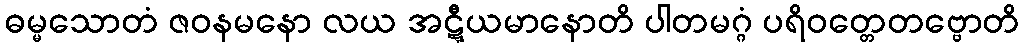
ဓမ္မသောတံ ဇဝနမနော လယ အဋ္ဋီယမာနောတိ ပါတမဂ္ဂံ ပရိဝတ္တေတဗ္ဗောတိ